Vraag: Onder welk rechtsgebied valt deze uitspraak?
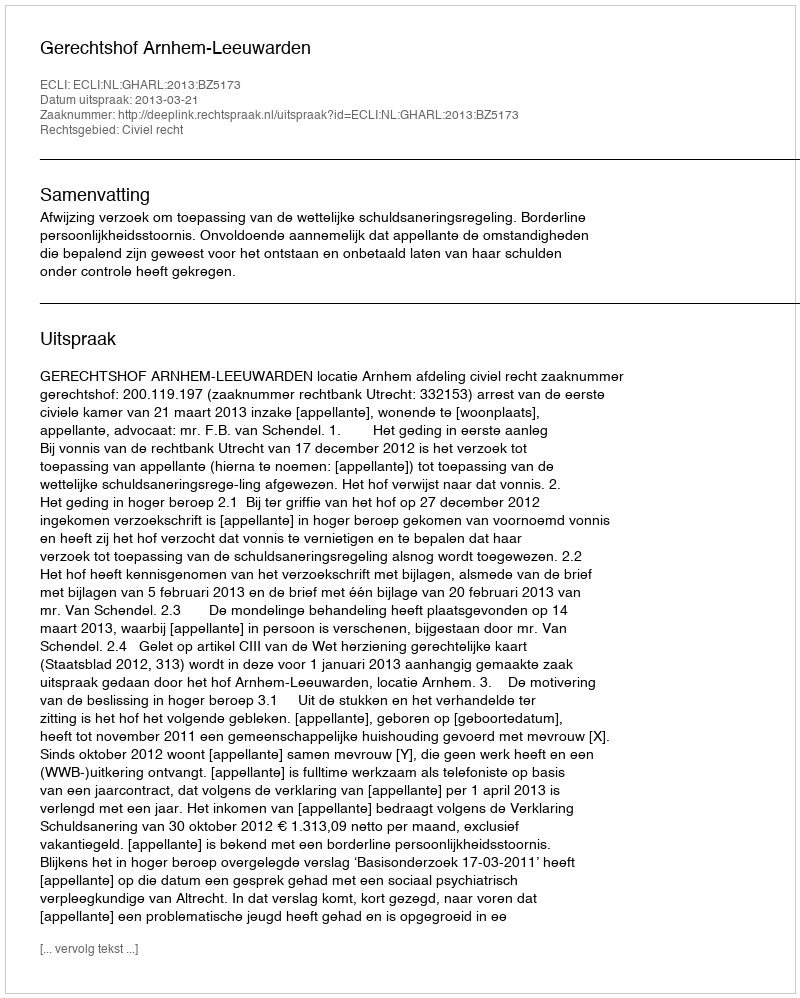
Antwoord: Civiel recht